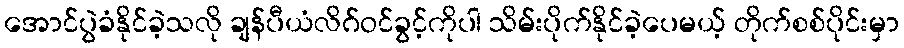
အောင်ပွဲခံနိုင်ခဲ့သလို ချန်ပီယံလိဂ်ဝင်ခွင့်ကိုပါ သိမ်းပိုက်နိုင်ခဲ့ပေမယ့် တိုက်စစ်ပိုင်းမှာ